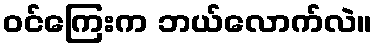
ဝင်ကြေးက ဘယ်လောက်လဲ။